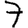
Digit: 7